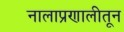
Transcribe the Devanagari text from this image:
नालाप्रणालीतून